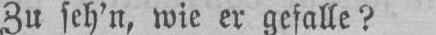
Zu seh’n, wie er gefalle?